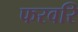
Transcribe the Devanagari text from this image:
फरवरि